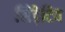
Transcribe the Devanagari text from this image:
सिड़ेटिव